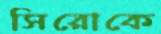
সিরোকে